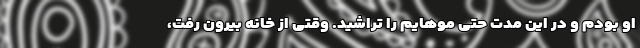
او بودم و در این مدت حتی موهایم را تراشید. وقتی از خانه بیرون رفت،